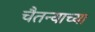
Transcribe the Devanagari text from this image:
चैतन्याच्या